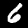
Digit: 6